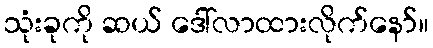
သုံးခုကို ဆယ် ဒေါ်လာထားလိုက်နော်။